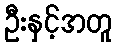
ဦးနှင့်အတူ